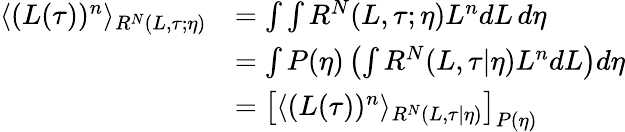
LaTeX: \begin{array}{rl}{\langle(L(\tau))^{n}\rangle_{R^{N}(L,\tau;\eta)}}&{=\int\int R^{N}(L,\tau;\eta)L^{n}dL\, d\eta}\\ &{=\int P(\eta)\left(\int R^{N}(L,\tau|\eta)L^{n}dL\right)d\eta}\\ &{=\left[\langle(L(\tau))^{n}\rangle_{R^{N}(L,\tau|\eta)}\right]_{P(\eta)}}\end{array}